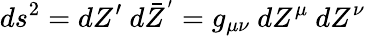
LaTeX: ds^{2}=dZ^{\prime}~d\bar{Z}^{'}=g_{\mu\nu}~dZ^{\mu}~dZ^{\nu}